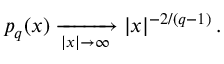
p _ { q } ( x ) \xrightarrow [ { | x | \to \infty } ] { } | x | ^ { - 2 / ( q - 1 ) } \, .